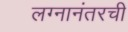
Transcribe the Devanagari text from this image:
लग्नानंतरची